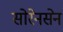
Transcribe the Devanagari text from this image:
सोरेनसेन